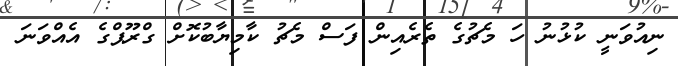
ނިއުވަނީ ކުޅުނު ހަ މެޗުގެ ތެރެއިން ފަސް މެޗު ކާމިޔާބުކޮށް ގްރޫޕްގެ އެއްވަނަ